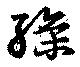
繰